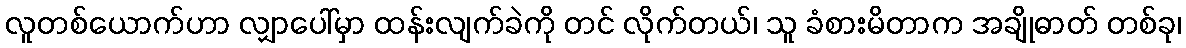
လူတစ်ယောက်ဟာ လျှာပေါ်မှာ ထန်းလျက်ခဲကို တင် လိုက်တယ်၊ သူ ခံစားမိတာက အချိုဓာတ် တစ်ခု၊